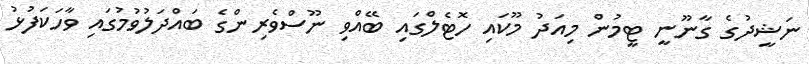
ނަޝީދުގެ ގާނޫނީ ޓީމުން މިއަދު މޫކައި ހޮޓެލްގައި ބޭއްވި ނޫސްވެރިންގެ ބައްދަލުވުމުގައި ވާހަކަފުޅު